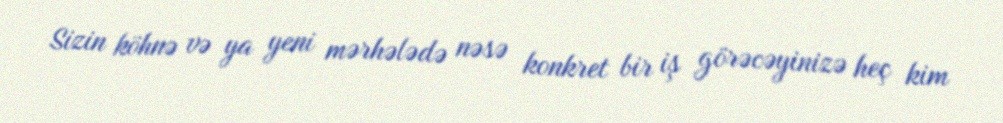
Sizin köhnə və ya yeni mərhələdə nəsə konkret bir iş görəcəyinizə heç kim